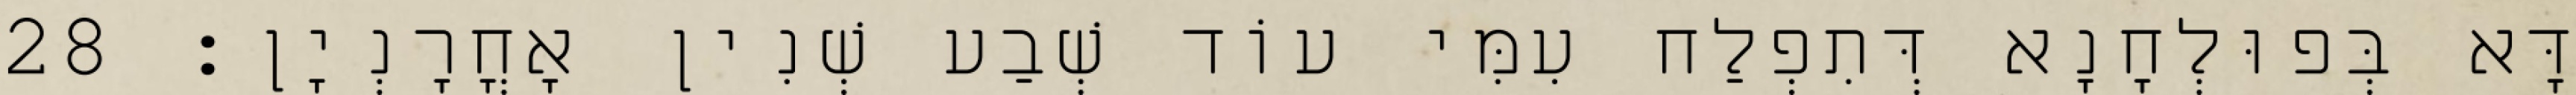
דָּא בְּפוּלְחָנָא דְּתִפְלַח עִמִּי עוֹד שְׁבַע שְׁנִין אָחֳרָנְיָן׃ 28